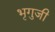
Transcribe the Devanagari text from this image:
भृगुजी